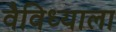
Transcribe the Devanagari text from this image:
वैविध्याला